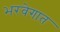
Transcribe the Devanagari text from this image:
भरवेगात